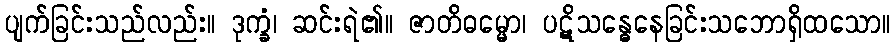
ပျက်ခြင်းသည်လည်း။ ဒုက္ခံ၊ ဆင်းရဲ၏။ ဇာတိဓမ္မော၊ ပဋိသန္ဓေနေခြင်းသဘောရှိထသော။